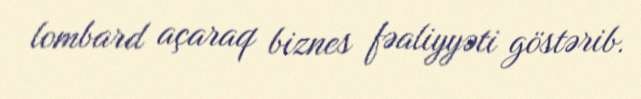
lombard açaraq biznes fəaliyyəti göstərib.